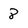
Character: 8